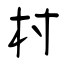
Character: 柎